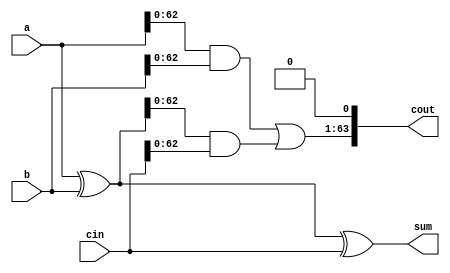
module FullAdder (
        input  wire  [63:0] a,
        input  wire  [63:0] b,
        input  wire  [63:0] cin,
        output wire [63:0] sum,
        output wire [63:0] cout
    );

    assign sum = a ^ b ^ cin;
    assign cout = ((a & b) | ((a ^ b) & cin))<< 1'b1;


endmodule

module WallaceTreeMultiplier (
    input wire signed [31:0] A,
    input wire signed [31:0] B,
    output reg signed [63:0] out,        
    input wire clk,rst

);
       // Input Registers

  reg [31:0] A_reg, B_reg;

  always @(posedge clk) begin
    if (rst) begin 
        A_reg <= 32'b0; B_reg <= 32'b0;
    end
    else begin A_reg <= A; B_reg <= B ;
    end
    end
    
    
    // Generate the partial products
    
    wire [63:0] p[63:0];
    wire [63:0] SignedExtendedA , SignedExtendedB;
    assign SignedExtendedA = {{32{A_reg[31]}} , A_reg};
    assign SignedExtendedB = {{32{B_reg[31]}} , B_reg};

    genvar i; 
    generate
	for (i = 0; i < 64; i = i + 1) begin: signExtend
		assign p[i] = SignedExtendedB[i] == 1'b1 ? SignedExtendedA << i : 64'b0;
	end
	endgenerate
    // generate 
    wire[63:0] g[41:0];
    generate
    for (i = 0 ; i < 21 ; i= i+1 ) begin: level1
        FullAdder x6(p[i*3],p[i*3+1],p[i*3+2],g[i],g[i+21]);
    end 
    endgenerate

    //2nd stage 
    wire[63:0] g2[27:0];
    generate
        for (i=0 ; i < 14 ; i = i+1) begin: level2
        FullAdder x5(g[i*3],g[i*3+1],g[i*3+2],g2[i],g2[i+14]);
    end
    endgenerate
    
    //g2[27] & p[63] are left
    wire[63:0] g3[17:0];

    generate
    for (i=0 ; i < 9 ; i = i+1) begin: level3
        FullAdder x0(g2[i*3],g2[i*3+1],g2[i*3+2],g3[i],g3[i+9]);
    end
    endgenerate

    wire[63:0] g4[11:0];

    generate
    for (i=0 ; i < 6 ; i = i+1) begin: level4
        FullAdder x1(g3[i*3],g3[i*3+1],g3[i*3+2],g4[i],g4[i+6]);
    end
    endgenerate

    wire[63:0] g5[7:0];
    generate
    for (i=0 ; i < 4 ; i = i+1) begin: level5
        FullAdder x2(g4[i*3],g4[i*3+1],g4[i*3+2],g5[i],g5[i+4]);
    end
    endgenerate
    wire[63:0] g6[5:0];
    FullAdder F0(g5[0],g5[1],g5[2],g6[0],g6[1]);
    FullAdder F1(g5[3],g5[4],g5[5],g6[2],g6[3]);
    FullAdder F2(g5[6],g5[7],g2[27],g6[4],g6[5]);
    
    wire[63:0] g7[3:0];
    FullAdder F3(g6[0],g6[1],g6[2],g7[0],g7[1]);
    FullAdder F4(g6[3],g6[4],g6[5],g7[2],g7[3]);

    //? g7[3] & p[63] are left
    wire[63:0] g8[1:0];
    FullAdder F5(g7[0],g7[1],g7[2],g8[0],g8[1]);

    wire[63:0] g9[1:0];
    FullAdder F6(g8[0],g8[1],g7[3],g9[0],g9[1]);

    wire[63:0] g10[1:0];
    FullAdder F7(g9[0],g9[1],p[63],g10[0],g10[1]);

    // assign out = g10[1] + g10[0];

       always @(posedge clk) begin
    if (rst)  out <= 64'b0;
    else out <=  g10[1] + g10[0] ;
    end
endmodule